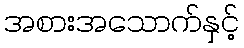
အစားအသောက်နှင့်